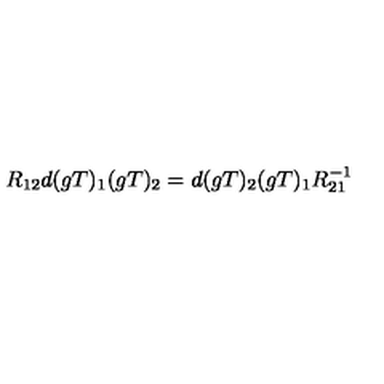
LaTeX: R _ { 1 2 } d ( g T ) _ { 1 } ( g T ) _ { 2 } = d ( g T ) _ { 2 } ( g T ) _ { 1 } R _ { 2 1 } ^ { - 1 }